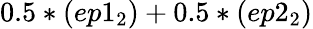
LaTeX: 0.5*(ep1_{2})+0.5*(ep2_{2})